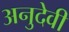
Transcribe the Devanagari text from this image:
अनुदेवी